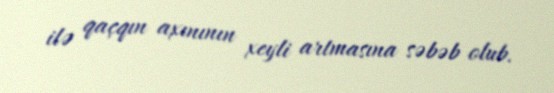
ilə qaçqın axınının xeyli artmasına səbəb olub.